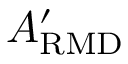
A _ { \mathrm { R M D } } ^ { \prime }